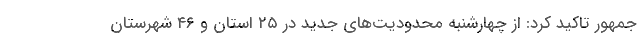
جمهور تاکید کرد: از چهارشنبه محدودیت‌های جدید در ۲۵ استان و ۴۶ شهرستان